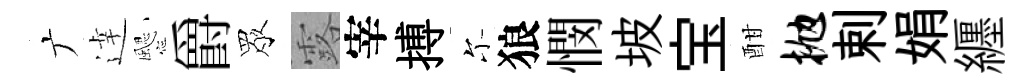
广逹颸爵眾露宰搏尓狼憫坡宝酣抛剌娟纒